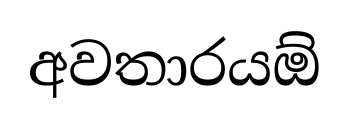
අවතාරයඕ